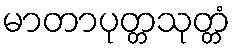
မာတာပုတ္တသုတ္တံ